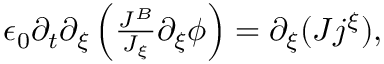
\begin{array} { r } { \epsilon _ { 0 } \partial _ { t } \partial _ { \xi } \left( \frac { J ^ { B } } { J _ { \xi } } \partial _ { \xi } \phi \right) = \partial _ { \xi } ( J j ^ { \xi } ) , } \end{array}